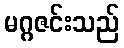
မဂ္ဂဇင်းသည်